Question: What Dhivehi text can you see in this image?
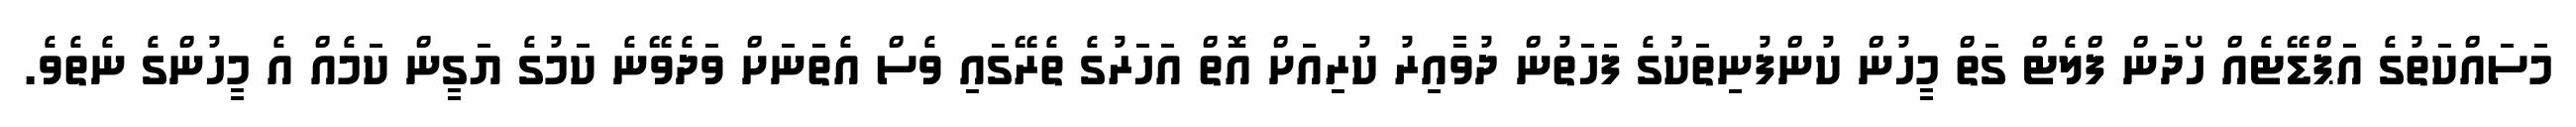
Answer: މަސައްކަތުގެ އަޕްޑޭޓެއް ހޯދަން ފްލެޓް ގަތް މީހުން ކުންފުނިތަކުގެ ފަހަތުން ދުވާއިރު ކުރިއަށް އޮތް އަހަރުގެ ތެރޭގައި ވެސް އެތަނަށް ވަދެވޭނެ ކަމުގެ ޔަގީން ކަމެއް އެ މީހުންގެ ނެތެވެ.